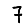
Digit: 7